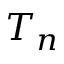
T _ { n }